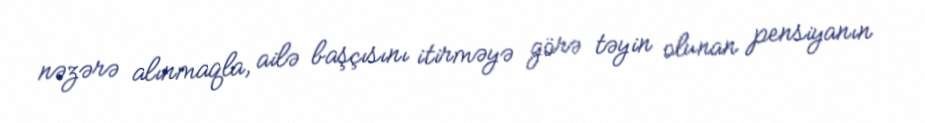
nəzərə alınmaqla, ailə başçısını itirməyə görə təyin olunan pensiyanın